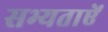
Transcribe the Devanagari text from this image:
सभ्यताऐं